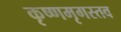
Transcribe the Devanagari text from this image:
कृष्णमृगस्तव